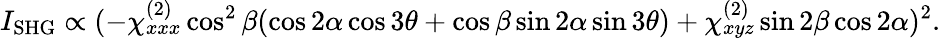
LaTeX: I_{\mathrm{SHG}}\propto(-\chi_{xxx}^{(2)}\cos^{2}\beta(\cos 2\alpha\cos 3\theta+\cos\beta\sin 2\alpha\sin 3\theta)+\chi_{xyz}^{(2)}\sin 2\beta\cos 2\alpha)^{2}.